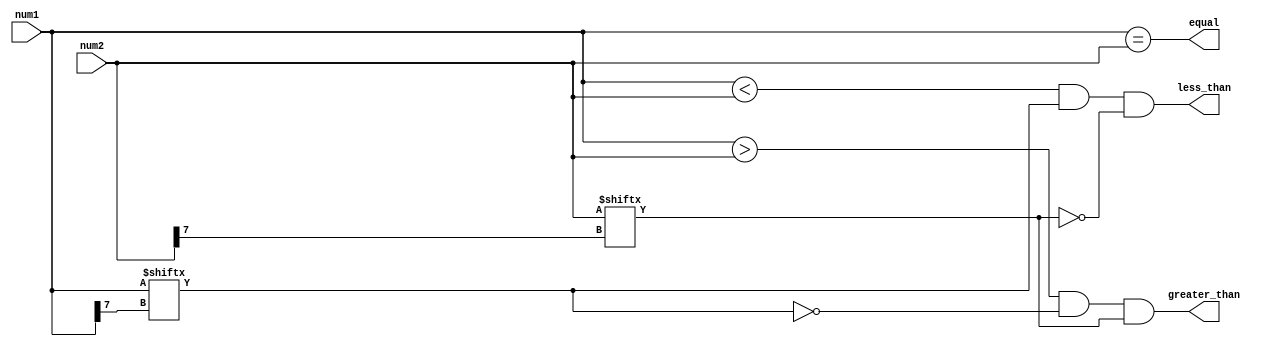
module signed_magnitude_comparator (
    input signed [7:0] num1,
    input signed [7:0] num2,
    output equal,
    output greater_than,
    output less_than
);

assign equal = (num1 == num2);
assign greater_than = (num1 > num2) && (num1[num1[7]] == 0) && (num2[num2[7]] == 1);
assign less_than = (num1 < num2) && (num1[num1[7]] == 1) && (num2[num2[7]] == 0);

endmodule